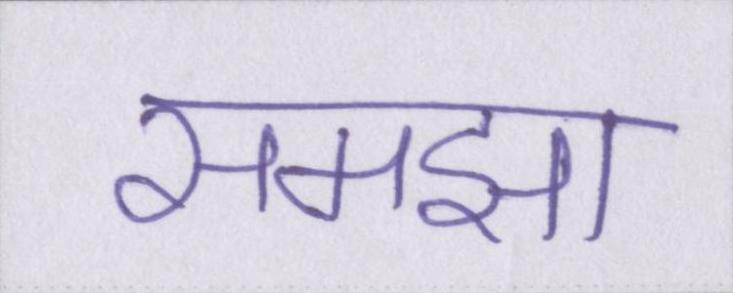
समझा